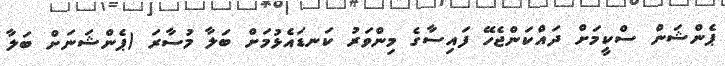
ޕެންޝަން ސްކީމަށް ދައްކަންޖެހޭ ފައިސާގެ މިންވަރު ކަނޑައެޅުމަށް ބަލާ މުސާރަ (ޕެންޝަނަށް ބަލާ